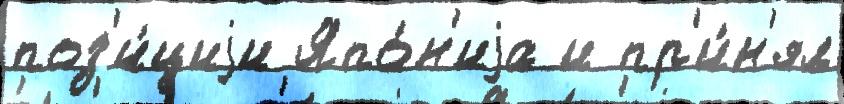
поз'и́циjи Япо́н'иjа и пр'и́н'ял